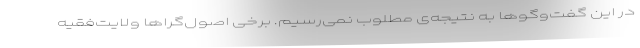
در این گفت‌وگوها به نتیجه‌ی مطلوب نمی‌رسیم. برخی اصول‌گراها ولایت‌فقیه